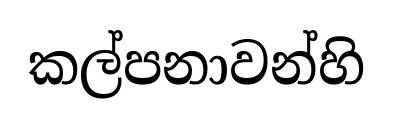
කල්පනාවන්හි